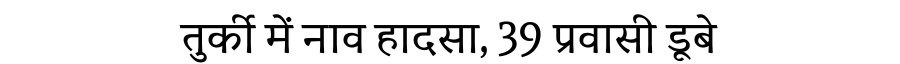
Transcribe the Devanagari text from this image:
तुर्की में नाव हादसा, 39 प्रवासी डूबे